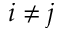
i \neq j